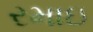
રમાઇ